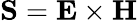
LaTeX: \mathbf{S}=\mathbf{E}\times\mathbf{H}